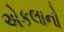
એકલાનો